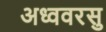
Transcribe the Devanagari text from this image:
अध्ववरसु